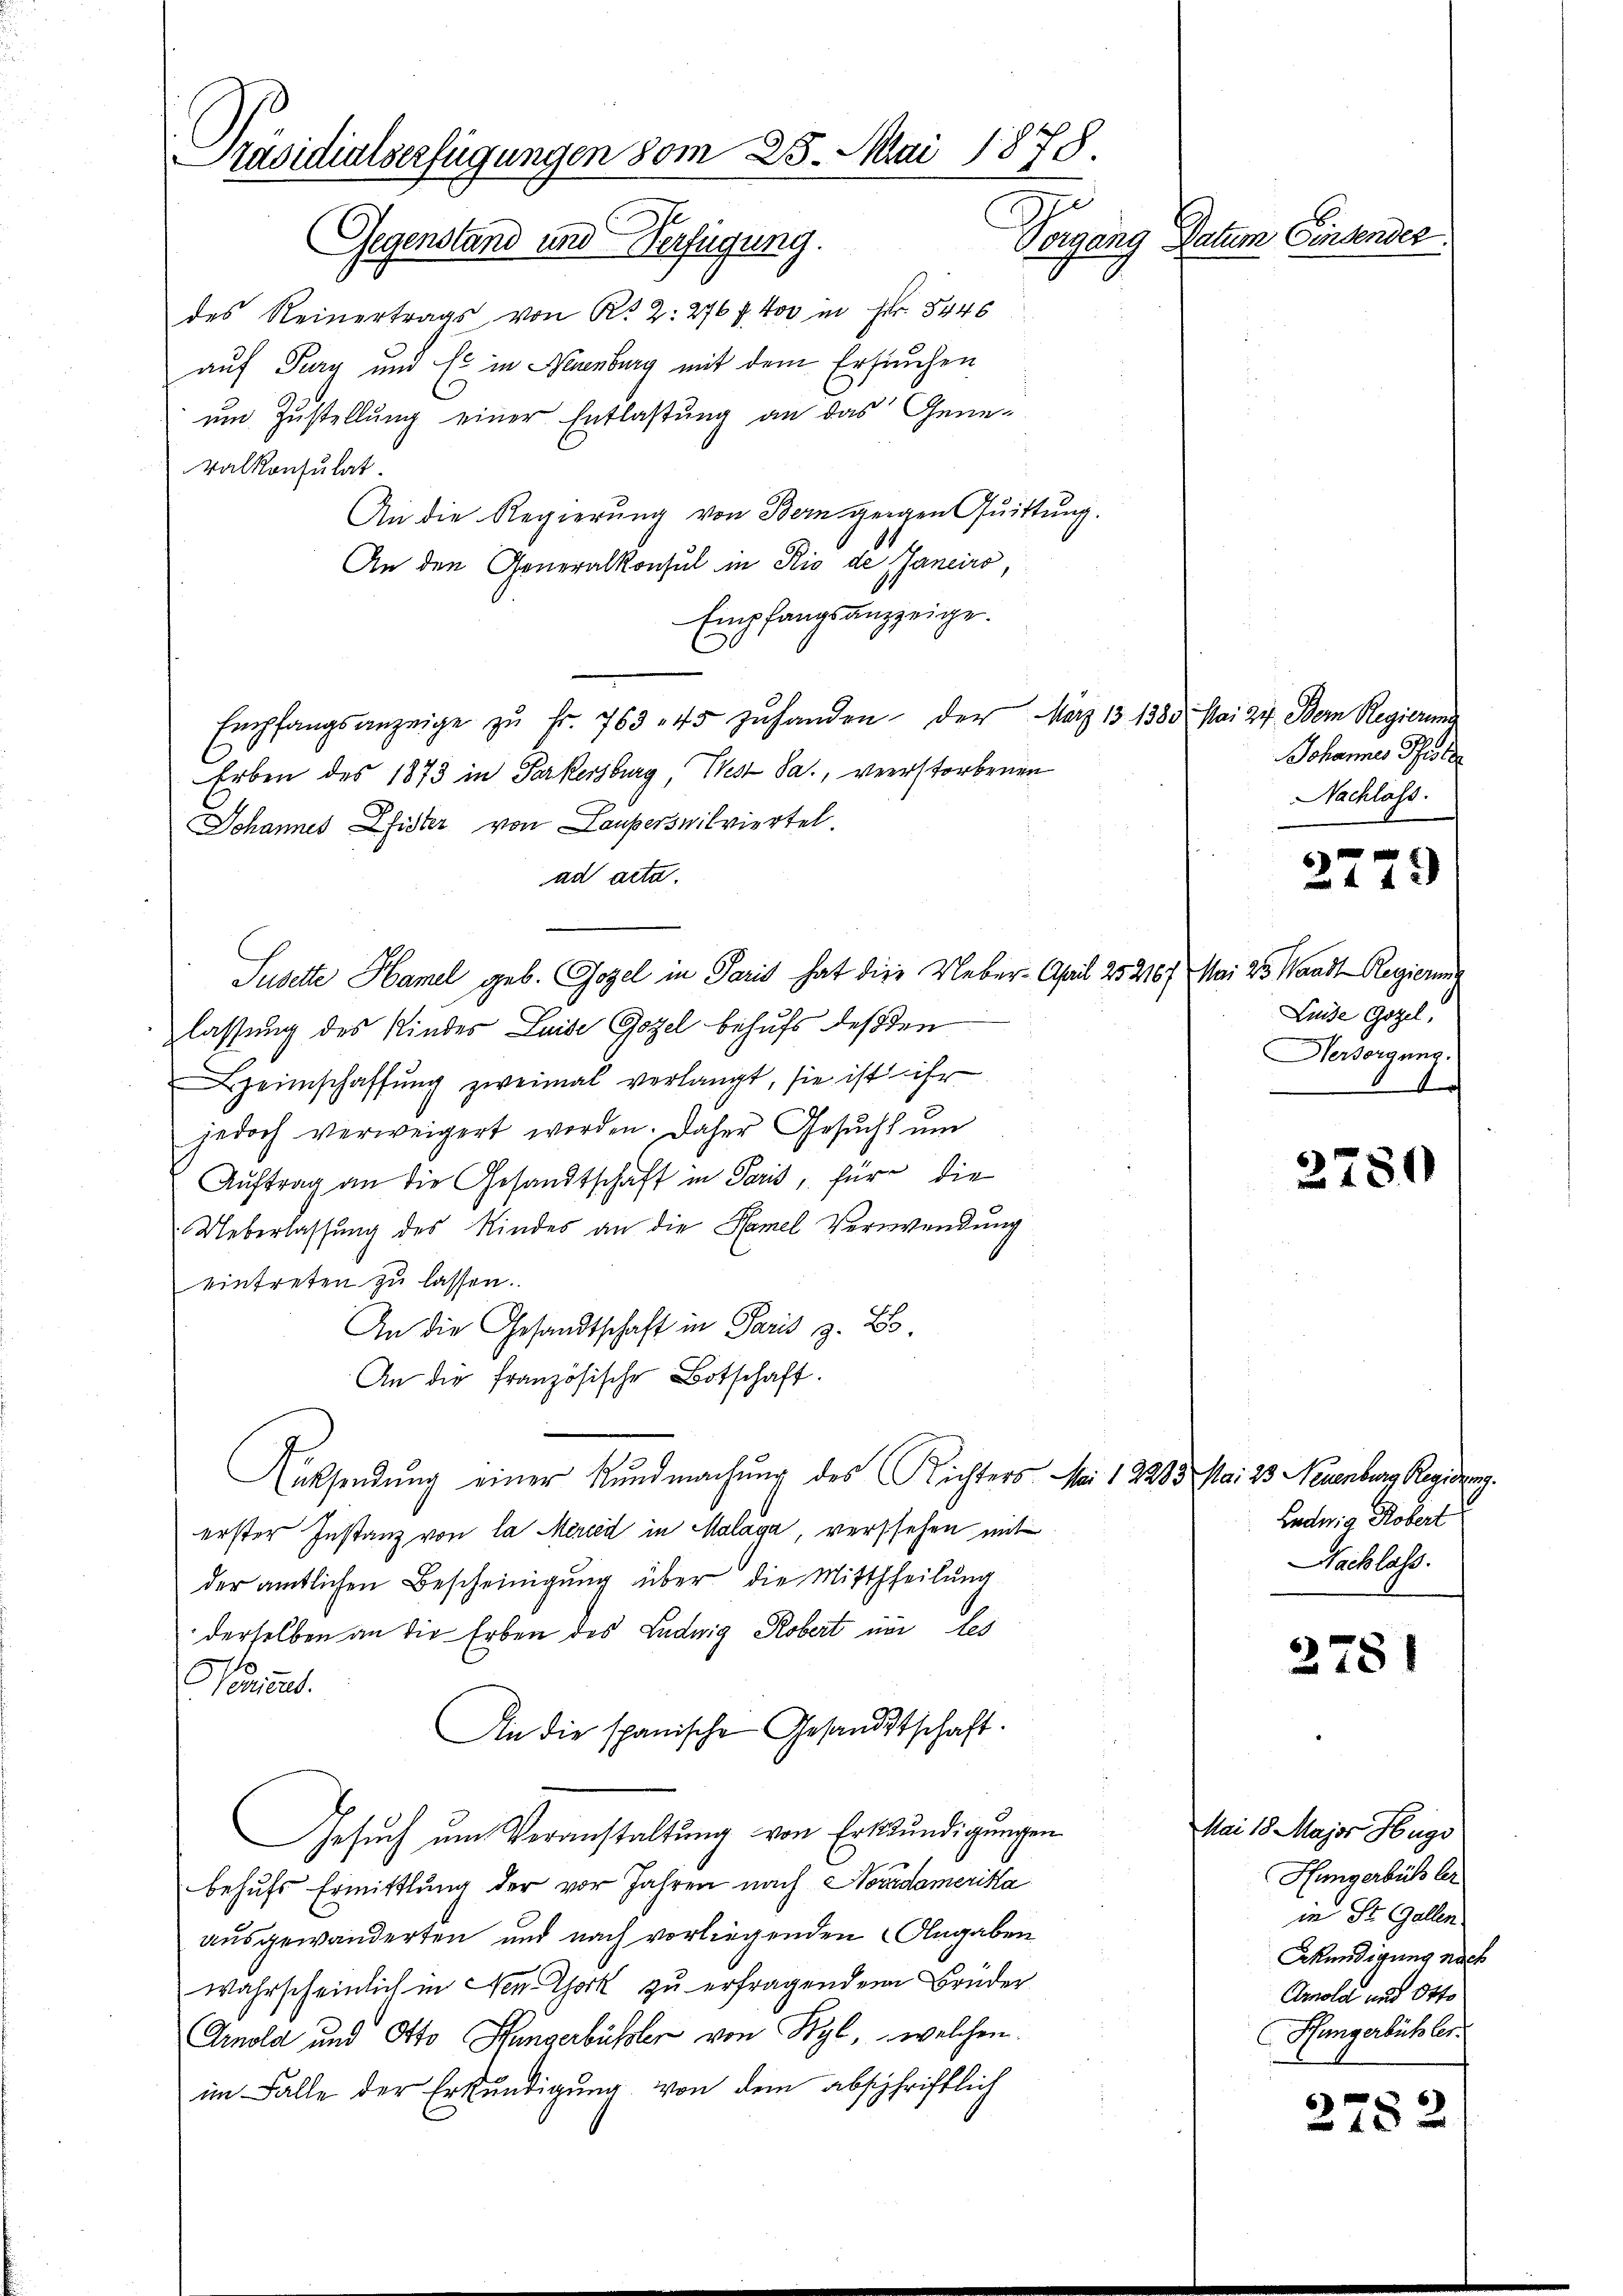
Präsidialserfügungen vom 25. Mai 1878.
Gegenstand und Verfügung.
des Reinertrags von K. 2: 276 f. 400 in Fr. 5446

auf Fury und Er in Neuenburg mit dem Ersuchen
um Zustellung einer Entlastung an das Genekalkonsulat.
An die Regierung von Bern gegen Quittung.
An den Generalkonsul in Rio de Janeiro,
Empfangsanzzeige.
Empfangsanzeige zŭ fr. 763. 45 zŭ handen, der März 13 1380. Mai 24. Der Regierend
Erben des 1873 in Parkersburg, West Sa., verstorbenen
Johannes Pfister von Lauperswilviertel.
ad acta.
Susette Hamel geb. Gozel in Paris hat die Ueber-April 252167
lassung des Kindes Luise Gozel behufs deßen
Heimschaffŭng zweimal verlangt, sie ist ihr
jedoch verweigert worden. Daher Gesucht um
Auftrag an die Gesandtschaft in Paris, für die
Ueberlassung des Kindes an die Hamel Verwendung
eintreten zu lassen.
An die Gesandtschaft in Paris z. B.
An die französische Botschaft.
Rücksendung einer Kundmachung des Richters Mai 12283. Mai 23. Neuenburg Regierung.
erster Instanz von la Merced in Malaga, verstehen mit
der amtlichen Bescheinigŭng über die Mittheilung
derselben an die Erben des Ludwig Robert im les
anicus.
Ain die spanische Gesandtschaft.
Gesuch um Veranstaltung von Erbstündigungen
behufs Ermittlung der vor Jahren nach Novidamerika
ausgewanderten und nach vorliegenden Angaben
Wahrscheinlich in New York zu erfragenden Brüder
Amold und Otto Pfungerbüssler von Wyl, welchen
im Falle der Erkundigung von dem abschriftlich

Vergang Datum Einsens

Johannes Schule
Nachlass.

2779

Mai 25 Standt Regierung
Luise Gozel,
Hersorgung.
l

2780

Ludwig Robert
Nachlass.

3781

Mai 18. Major Hugo
Hungerbühs ber
in St. Gallen
Akundigung nach
Arnola und Otto
Pfüngerbühler.

2782